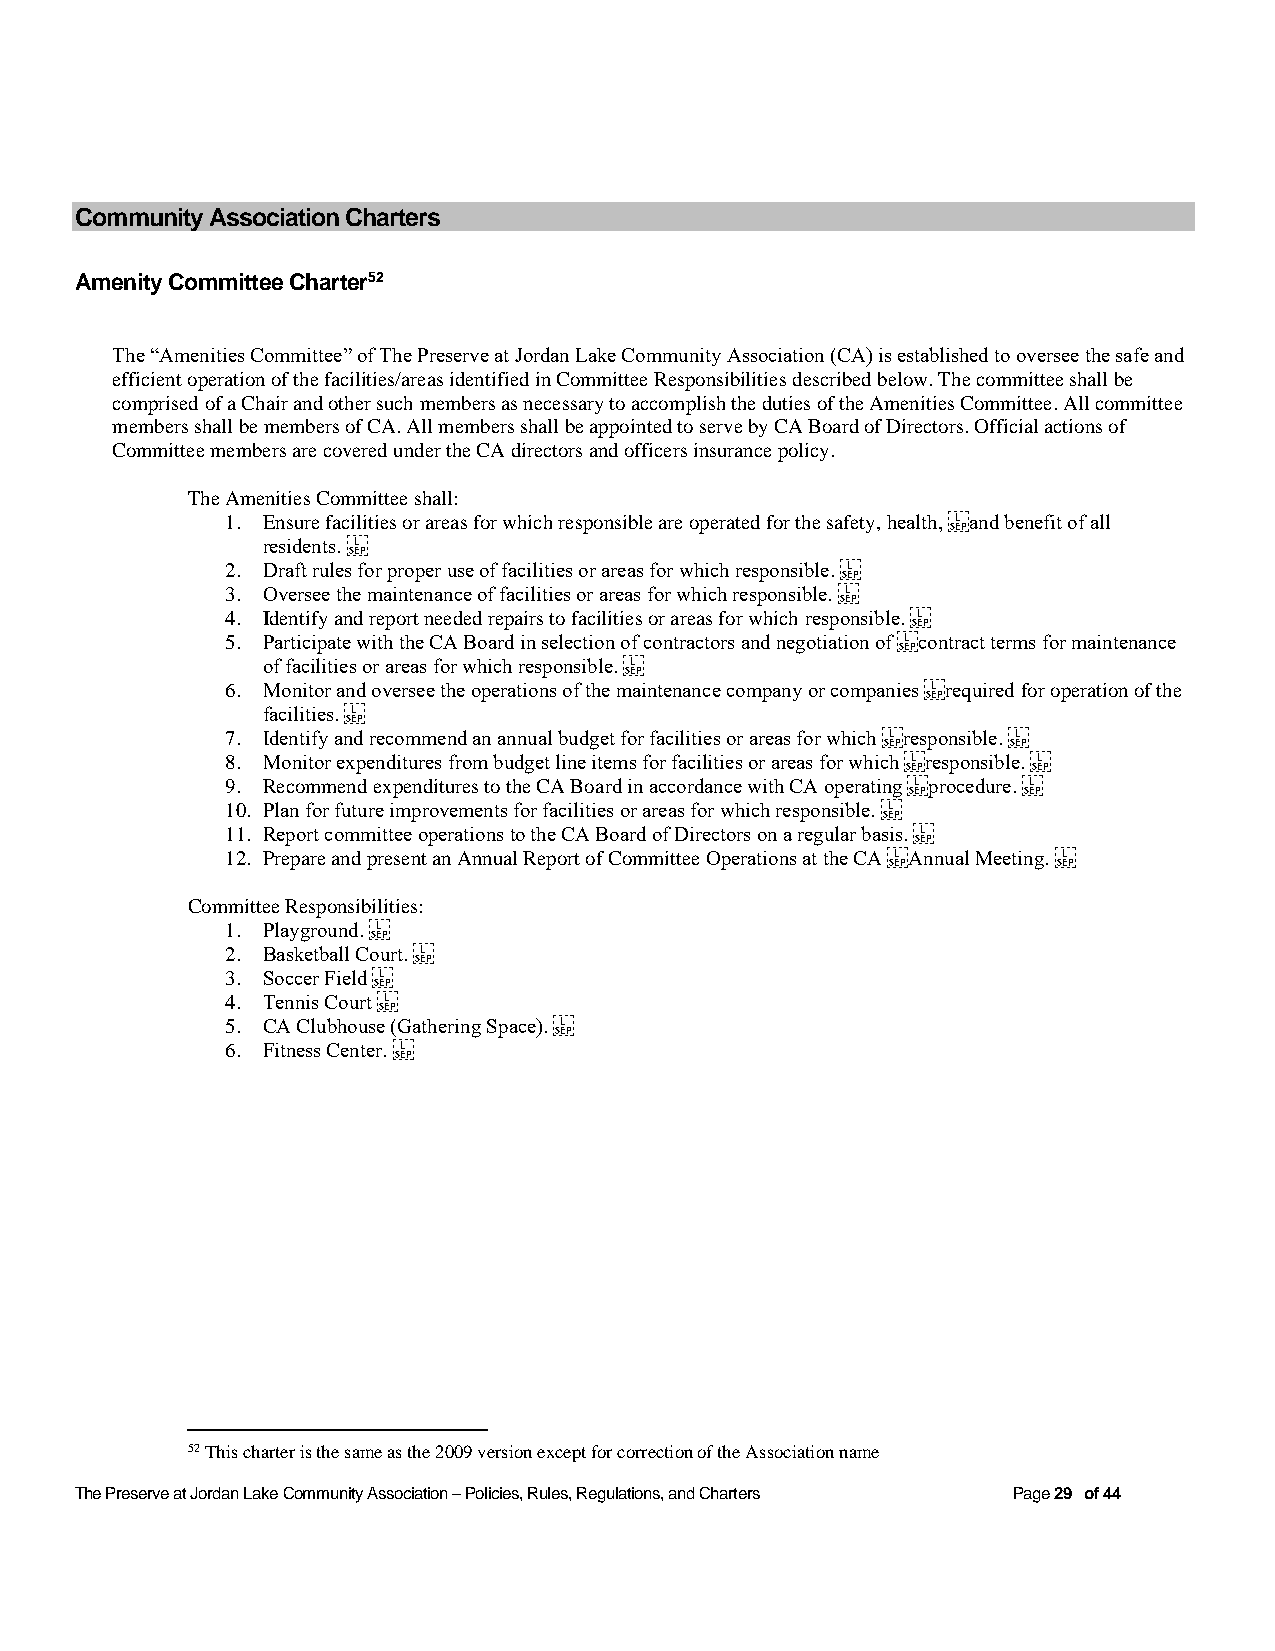
Community Association Charters
 Amenity Committee Charter52
 The “Amenities Committee” of The Preserve at Jordan Lake Community Association (CA) is established to oversee the safe and
 efficient operation of the facilities/areas identified in Committee Responsibilities described below. The committee shall be
 comprised of a Chair and other such members as necessary to accomplish the duties of the Amenities Committee. All committee
 members shall be members of CA. All members shall be appointed to serve by CA Board of Directors. Official actions of
 Committee members are covered under the CA directors and officers insurance policy.
 The Amenities Committee shall:
 1. Ensure facilities or areas for which responsible are operated for the safety, health, and benefit of all
 residents.
 2. Draft rules for proper use of facilities or areas for which responsible.
 3. Oversee the maintenance of facilities or areas for which responsible.
 4. Identify and report needed repairs to facilities or areas for which responsible.
 5. Participate with the CA Board in selection of contractors and negotiation of contract terms for maintenance
 of facilities or areas for which responsible.
 6. Monitor and oversee the operations of the maintenance company or companies required for operation of the
 facilities.
 7. Identify and recommend an annual budget for facilities or areas for which responsible.
 8. Monitor expenditures from budget line items for facilities or areas for which responsible.
 9. Recommend expenditures to the CA Board in accordance with CA operating procedure.
 10. Plan for future improvements for facilities or areas for which responsible.
 11. Report committee operations to the CA Board of Directors on a regular basis.
 12. Prepare and present an Annual Report of Committee Operations at the CA Annual Meeting.
 Committee Responsibilities:
 1. Playground.
 2. Basketball Court.
 3. Soccer Field
 4. Tennis Court
 5. CA Clubhouse (Gathering Space).
 6. Fitness Center.
 52 This charter is the same as the 2009 version except for correction of the Association name
 The Preserve at Jordan Lake Community Association – Policies, Rules, Regulations, and Charters Page 29 of 44